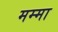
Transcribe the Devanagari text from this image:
मम्मा